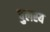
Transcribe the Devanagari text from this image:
पुलस्य